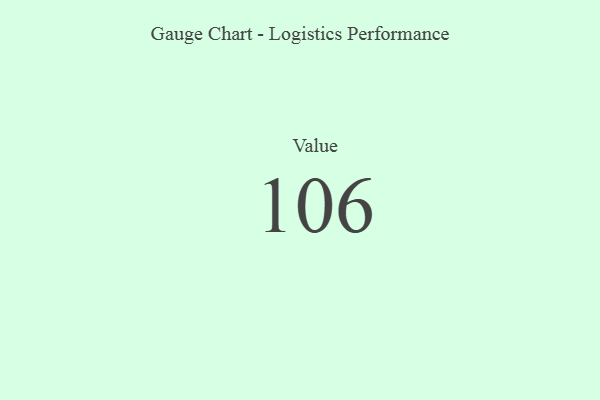
{"axis": {"x": "Metric", "y": "Value"}, "legend": [""], "data": [{"x": "Value", "y": 106, "type": ""}]}